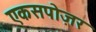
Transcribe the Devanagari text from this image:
एकसपोज़र